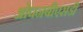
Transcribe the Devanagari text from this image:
ओपनबीएसडी